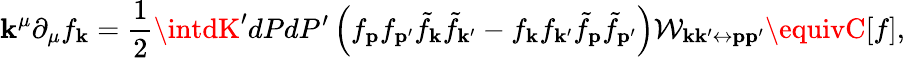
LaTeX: \mathbf{k}^{\mu}\partial_{\mu}f_{\mathbf{{\mathbf{k}}}}=\frac{{1}}{{2}}\intdK^{\prime}dPdP^{\prime}\left(f_{\mathbf{{p}}}f_{\mathbf{{p}}^{\prime}}\tilde{{f}}_{\mathbf{{\mathbf{k}}}}\tilde{{f}}_{\mathbf{{\mathbf{k}}}^{\prime}}-f_{\mathbf{{\mathbf{k}}}}f_{\mathbf{{\mathbf{k}}}^{\prime}}\tilde{{f}}_{\mathbf{{p}}}\tilde{{f}}_{\mathbf{{p^{\prime}}}}\right)\mathcal{{W}}_{\mathbf{{\mathbf{k}}}\mathbf{{\mathbf{k}}}^{\prime}\leftrightarrow\mathbf{{p}}\mathbf{{p}}^{\prime}}\equivC[f],